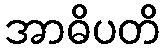
အာဓိပတိ